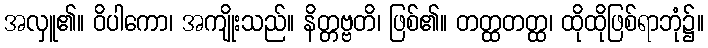
အလှူ၏။ ဝိပါကော၊ အကျိုးသည်။ နိတ္တဗ္ဗတိ၊ ဖြစ်၏။ တတ္ထတတ္ထ၊ ထိုထိုဖြစ်ရာဘုံ၌။